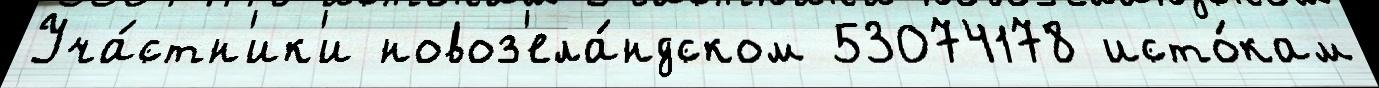
Уча́стн'ик'и новоз'ела́ндском 53074178 исто́кам